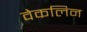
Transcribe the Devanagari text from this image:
वेकलिन